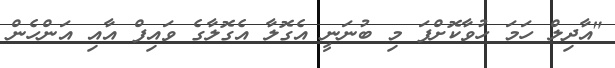
"އާދިލް ހަމަ ހުވާކޮށްފަ މި ބުނަނީ އެގޮލާ އެގޮލާގެ ވައިފް އާއި އަންހެން